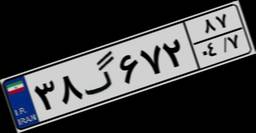
۷۳گ۸۰۰۰۳